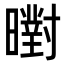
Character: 㬣